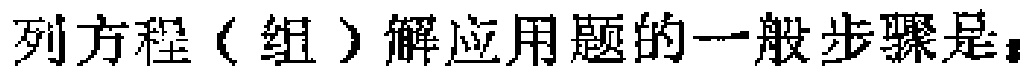
列方程（组）解应用题的一般步骤是：